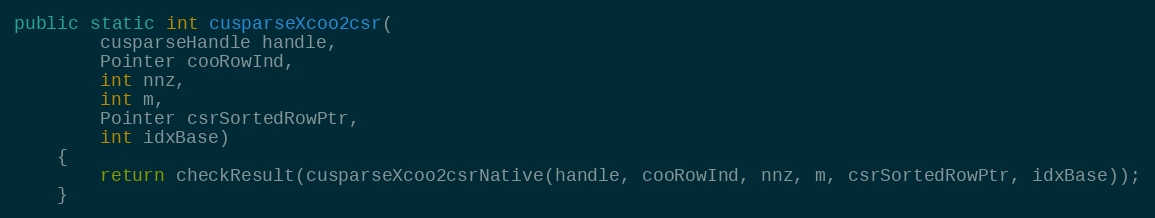
Language: Java
public static int cusparseXcoo2csr(
        cusparseHandle handle,
        Pointer cooRowInd,
        int nnz,
        int m,
        Pointer csrSortedRowPtr,
        int idxBase)
    {
        return checkResult(cusparseXcoo2csrNative(handle, cooRowInd, nnz, m, csrSortedRowPtr, idxBase));
    }